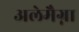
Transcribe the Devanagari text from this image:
अलेमैग्ना